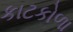
કાટકોળા